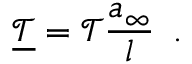
\underline { { \mathcal { T } } } = \mathcal { T } \frac { a _ { \infty } } { l } \, \mathrm { ~ . ~ }